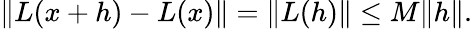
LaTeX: \| L(x+h)-L(x)\| =\| L(h)\| \leq M\| h\| .